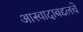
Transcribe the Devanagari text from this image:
आस्वादाबद्दलचे